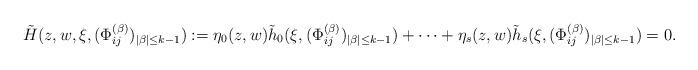
LaTeX: \begin{align*}\tilde H(z,w,\xi, (\Phi_{ij}^{(\beta)})_{|\beta| \leq k-1}):=\eta_0(z,w)\tilde h_0(\xi, (\Phi_{ij}^{(\beta)})_{|\beta| \leq k-1})+ \cdots +\eta_{s}(z,w)\tilde h_{s}(\xi, (\Phi_{ij}^{(\beta)})_{|\beta| \leq k-1})=0.\end{align*}